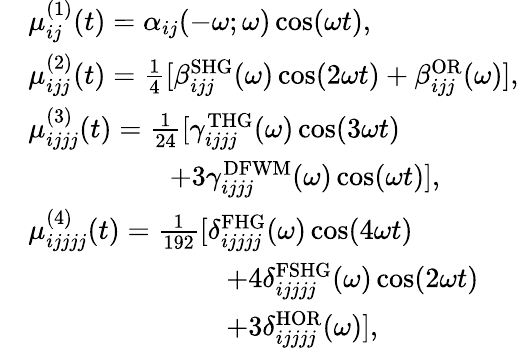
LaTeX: \begin{array}{rl}&{\mu_{ij}^{(1)}(t)=\alpha_{ij}(-\omega;\omega)\cos(\omega t),}\\ &{\mu_{ijj}^{(2)}(t)=\frac{1}{4}[\beta_{ijj}^{\mathrm{SHG}}(\omega)\cos(2\omega t)+\beta_{ijj}^{\mathrm{OR}}(\omega)],}\\ &{\mu_{ijjj}^{(3)}(t)=\frac{1}{24}[\gamma_{ijjj}^{\mathrm{THG}}(\omega)\cos(3\omega t)}\\ &{\qquad\qquad\quad+3\gamma_{ijjj}^{\mathrm{DFWM}}(\omega)\cos(\omega t)],}\\ &{\mu_{ijjjj}^{(4)}(t)=\frac{1}{192}[\delta_{ijjjj}^{\mathrm{FHG}}(\omega)\cos(4\omega t)}\\ &{\qquad\qquad\qquad\quad+4\delta_{ijjjj}^{\mathrm{FSHG}}(\omega)\cos(2\omega t)}\\ &{\qquad\qquad\qquad\quad+3\delta_{ijjjj}^{\mathrm{HOR}}(\omega)],}\end{array}